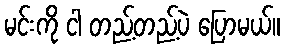
မင်းကို ငါ တည့်တည့်ပဲ ပြောမယ်။